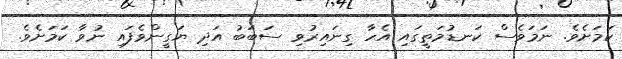
ކަމަށެވެ. ނަމަވެސް ކަނޑުމަތީގައި އެހާ ގިނައިރުވި ސަބަބު އަދި ޔަގީންވެފައި ނުވާ ކަމަށެވެ.